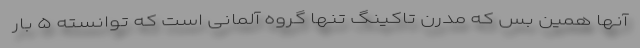
آنها همین بس که مدرن تاکینگ تنها گروه آلمانی است که توانسته ۵ بار